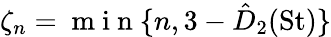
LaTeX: \zeta_{n}=\mathrm{~m~i~n~}\{ n,3-{{\hat{D}}}_{2}{(\mathrm{St})}\}